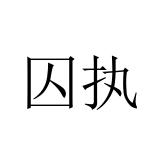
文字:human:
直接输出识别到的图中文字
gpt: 囚执